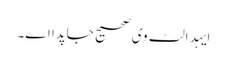
ایہد الٹ وی صحیح جاپدا اے۔